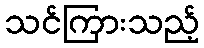
သင်ကြားသည့်